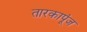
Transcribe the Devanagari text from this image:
तारकापूंज